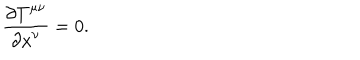
\frac { { \partial T } ^ { \mu \nu } } { { \partial x } ^ { \nu } } = 0 .